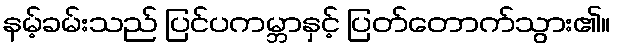
နမ့်ခမ်းသည် ပြင်ပကမ္ဘာနှင့် ပြတ်တောက်သွား၏။